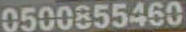
0500855460